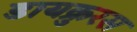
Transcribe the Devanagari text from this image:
डायक्रुरस